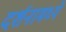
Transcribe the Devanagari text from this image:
दर्शनामध्ये